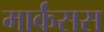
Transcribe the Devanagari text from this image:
मार्कंसस